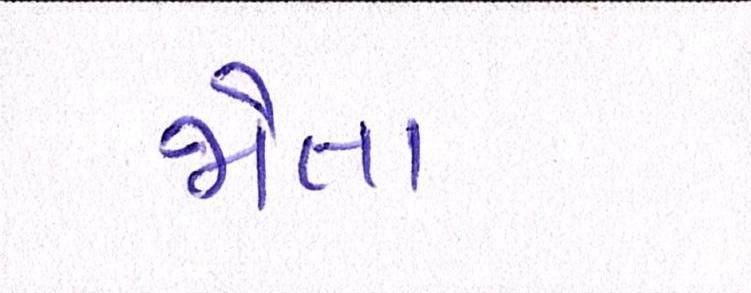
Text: જોતા